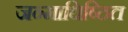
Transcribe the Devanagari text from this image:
जन्माधिष्ठित